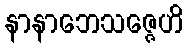
နာနာဘေသဇ္ဇေဟိ